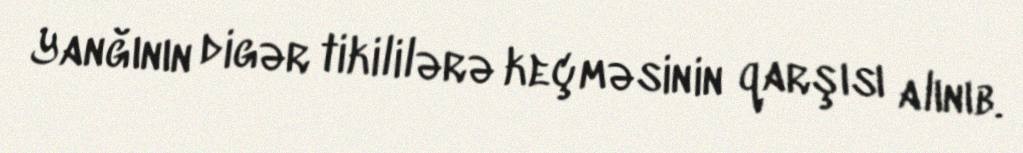
Yanğının digər tikililərə keçməsinin qarşısı alınıb.